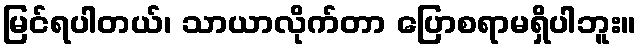
မြင်ရပါတယ်၊ သာယာလိုက်တာ ပြောစရာမရှိပါဘူး။